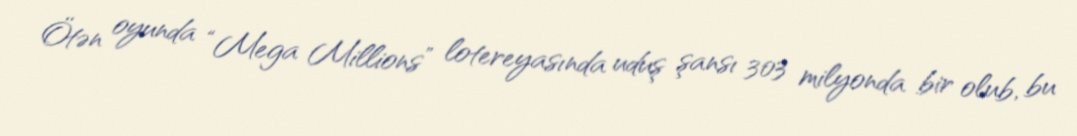
Ötən oyunda “Mega Millions” lotereyasında uduş şansı 303 milyonda bir olub, bu